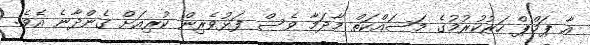
އާ ޕަމްޕް ހަރުކުރުމުގެ މަސައްކަތް މާދަމާ ވެސް ފަޅުވެރިން ކުރިއަށް ގެންދާނެ އެވެ.